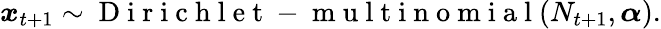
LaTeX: \boldsymbol x_{t+1}\sim\mathrm{~D~i~r~i~c~h~l~e~t~-~m~u~l~t~i~n~o~m~i~a~l~}(N_{t+1},\boldsymbol\alpha).